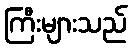
ကြီးများသည်